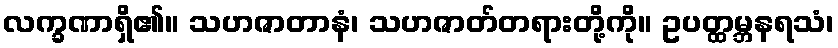
လက္ခဏာရှိ၏။ သဟဇာတာနံ၊ သဟဇာတ်တရားတို့ကို။ ဥပတ္ထမ္ဘနရသံ၊